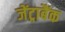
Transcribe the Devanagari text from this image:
जेंट्राबैंक